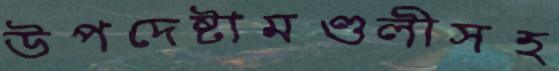
উপদেষ্টামণ্ডলীসহ